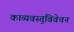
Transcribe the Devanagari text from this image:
काव्यवस्तुविवेचन